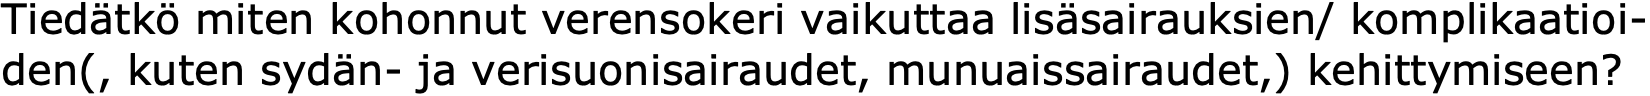
Tiedätkö miten kohonnut verensokeri vaikuttaa lisäsairauksien/ komplikaatioi- den(, kuten sydän- ja verisuonisairaudet, munuaissairaudet,) kehittymiseen?